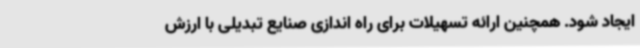
ایجاد شود. همچنین ارائه تسهیلات برای راه اندازی صنایع تبدیلی با ارزش